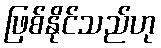
ဖြစ်နိုင်သည်ဟု